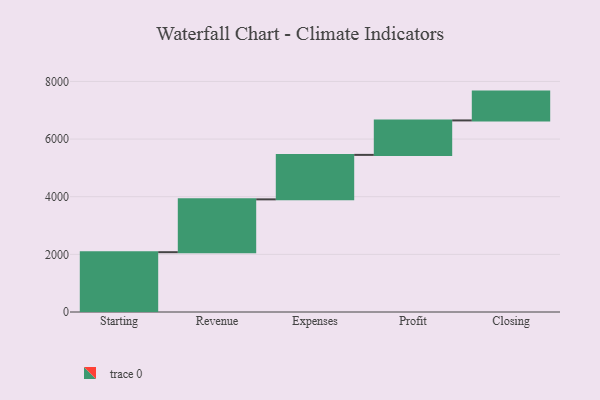
{"axis": {"x": "Step", "y": "Value"}, "legend": [""], "data": [{"x": "Starting", "y": 2075.0, "type": ""}, {"x": "Revenue", "y": 1833.0, "type": ""}, {"x": "Expenses", "y": 1543.0, "type": ""}, {"x": "Profit", "y": 1196.0, "type": ""}, {"x": "Closing", "y": 1000, "type": ""}]}